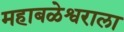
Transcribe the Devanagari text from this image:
महाबळेश्वराला